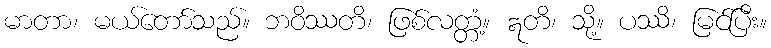
မာတာ၊ မယ်တော်သည်။ ဘဝိဿတိ၊ ဖြစ်လတ္တံ့။ ဣတိ၊ သို့။ ပဿိ၊ မြင်ပြီး။